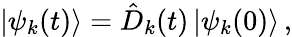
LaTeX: \vert\psi_{k}(t)\rangle=\hat{D}_{k}(t)\, \vert\psi_{k}(0)\rangle\, ,